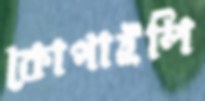
কোপাইলি